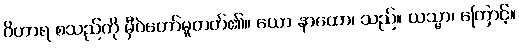
ဝိဟာရ စသည်ကို မှီဝဲတော်မူတတ်၏။ ယော နာထော၊ သည်။ ယသ္မာ၊ ကြောင့်။